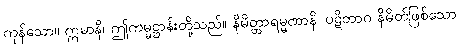
ကုန်သော။ ဣမာနိ၊ ဤကမ္မဋ္ဌာန်းတို့သည်။ နိမိတ္တာရမ္မဏာနိ၊ ပဋိဘာဂ နိမိတ်ဖြစ်သော